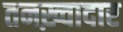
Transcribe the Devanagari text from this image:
तनख़्वादार